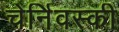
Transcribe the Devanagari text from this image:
चेर्निवस्की